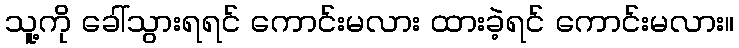
သူ့ကို ခေါ်သွားရရင် ကောင်းမလား ထားခဲ့ရင် ကောင်းမလား။